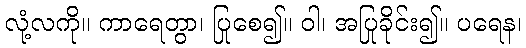
လုံ့လကို။ ကာရေတွာ၊ ပြုစေ၍။ ဝါ၊ အပြုခိုင်း၍။ ပရေန၊